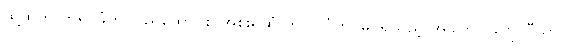
ထို့ထက် ဘုရင်ခံက ပြည်ထောင်စု အစိုးရထံ တင်ပြပုံကို မြင်ရသည့် အခါတွင် ဂျော်ဂျီယာ